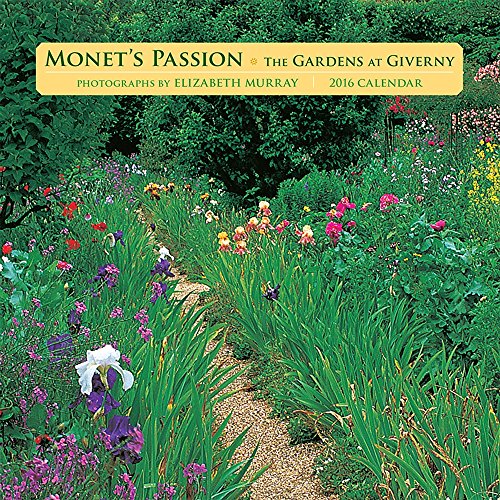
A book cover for Monets Passion The Gardens at Giverny 2016 Calendar; Calendars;